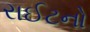
રાઈટનો